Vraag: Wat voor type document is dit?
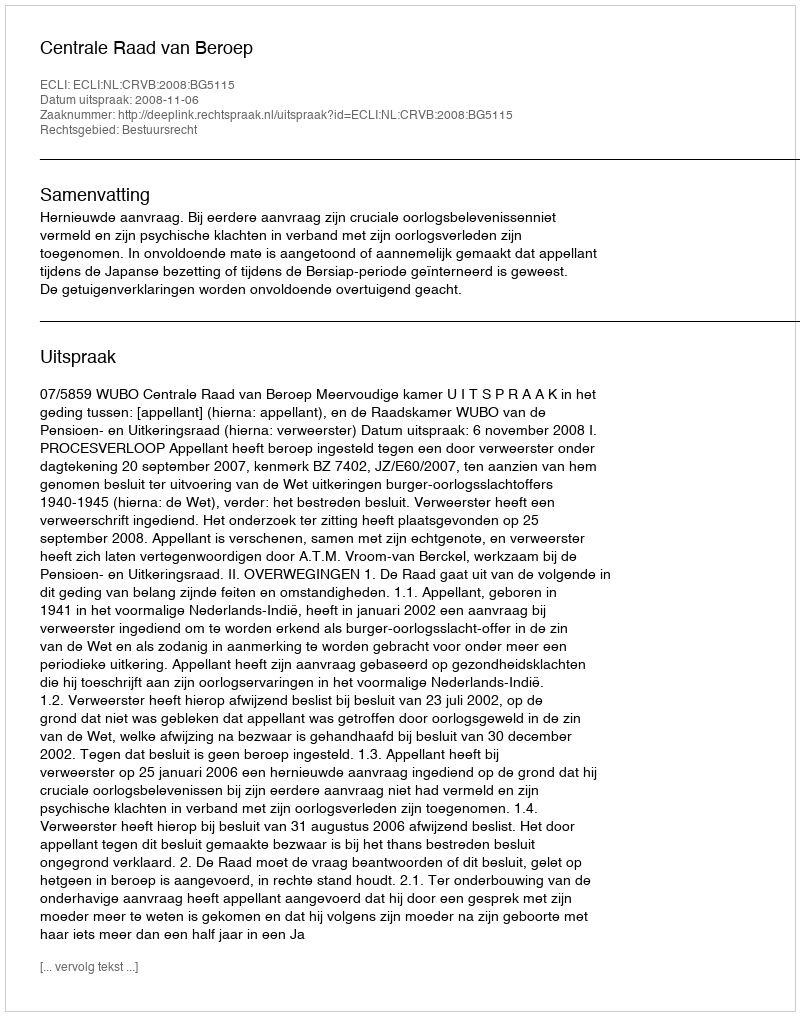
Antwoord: Uitspraak